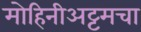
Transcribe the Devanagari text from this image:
मोहिनीअट्टमचा